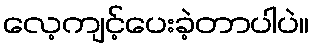
လေ့ကျင့်ပေးခဲ့တာပါပဲ။